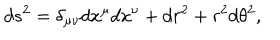
LaTeX: d s ^ { 2 } = \delta _ { \mu \nu } d x ^ { \mu } d x ^ { \nu } + d r ^ { 2 } + r ^ { 2 } d \theta ^ { 2 } ,